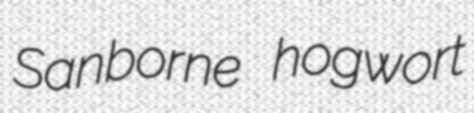
Sanborne hogwort